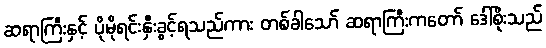
ဆရာကြီးနှင့် ပိုမိုရင်းနှီးခွင့်ရသည်ကား တစ်ခါသော် ဆရာကြီးကတော် ဒေါ်စိုးသည်